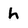
Character: h